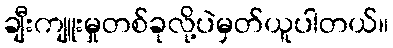
ချီးကျူးမှုတစ်ခုလို့ပဲမှတ်ယူပါတယ်။